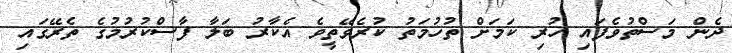
ދެން މަސްތުވެފައި ހުރި ކަމަށް ތުހުމަތު ކުރެވޭތީވެ އެކާރު ބަލާ ފާސްކުރުމުގެ ތެރޭގައި